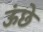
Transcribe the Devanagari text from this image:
ऊंछे